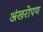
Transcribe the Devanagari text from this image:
अंखरोपण